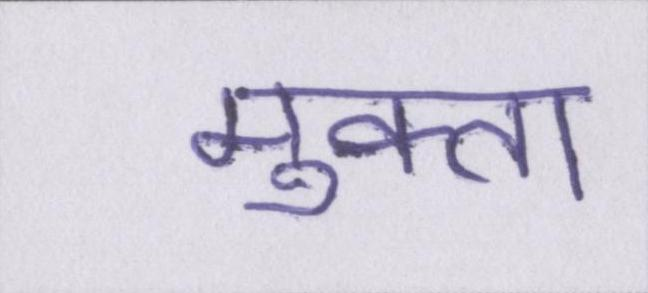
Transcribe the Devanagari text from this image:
मुक्ता